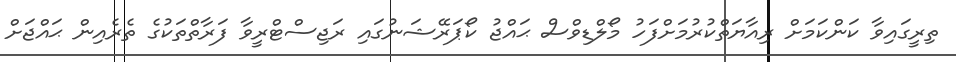
ތިރީގައިވާ ކަންކަމަށް ރިއާޔަތްކުރުމަށްފަހު މޯލްޑިވްސް ޙައްޖު ކޯޕަރޭޝަނުގައި ރަޖިސްޓްރީވާ ފަރާތްތަކުގެ ތެރެއިން ޙައްޖަށް